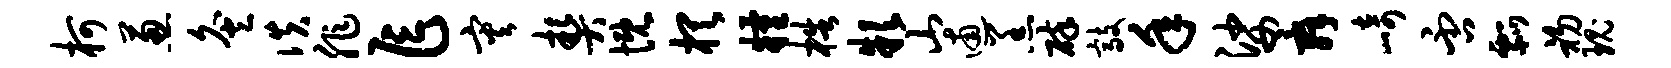
柯葱灸佚非乍灾契慨棋粮梏款山逋羔碎敲年娑舜崎否瓢初瑰